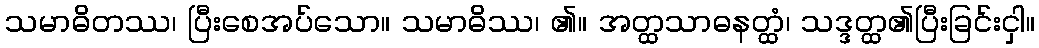
သမာဓိတဿ၊ ပြီးစေအပ်သော။ သမာဓိဿ၊ ၏။ အတ္ထသာဓနတ္ထံ၊ သဒ္ဒတ္ထ၏ပြီးခြင်းငှါ။